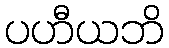
ပဟီယဘိ